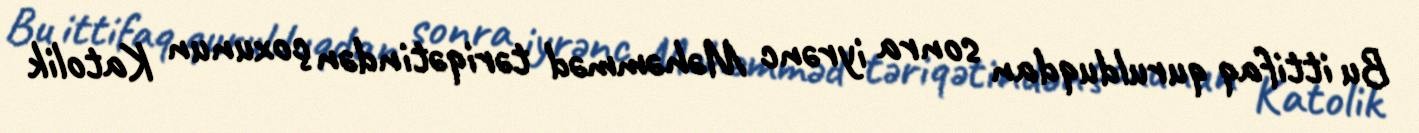
Bu ittifaq qurulduqdan sonra iyrənc Məhəmməd təriqətindən çoxunun Katolik